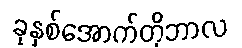
ခုနှစ်အောက်တိုဘာလ